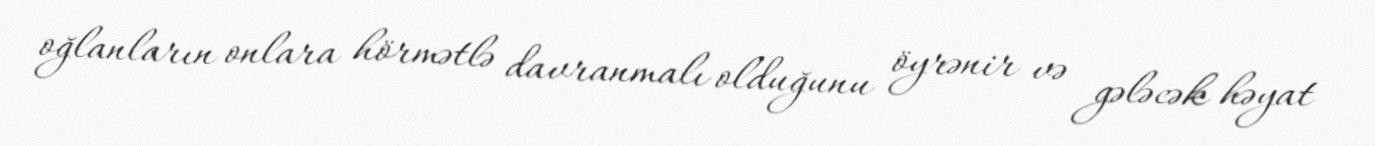
oğlanların onlara hörmətlə davranmalı olduğunu öyrənir və gələcək həyat